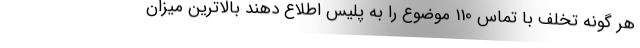
هر گونه تخلف با تماس 110 موضوع را به پلیس اطلاع دهند بالاترین میزان